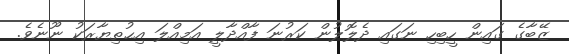
ޒޭބާގެ ގައިން ހީބިހި ނަގައި ދެލޮލުން ކަރުނަ ފާއްދާލީ އަމިއްލަ އިޙުތިޔާރަކު ނޫނެވެ.